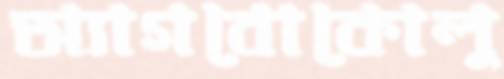
অ্যাগবোকোলু